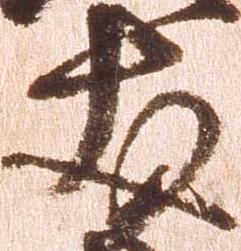
友